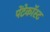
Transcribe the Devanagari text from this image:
पेंटेकॉस्ट